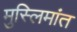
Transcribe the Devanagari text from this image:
मुस्लिमांत